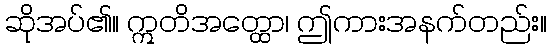
ဆိုအပ်၏။ ဣတိအတ္ထော၊ ဤကားအနက်တည်း။